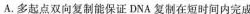
A.多起点双向复制能保证DNA复制在短时间内完成